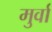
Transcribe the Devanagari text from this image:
मुर्वा